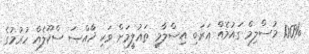
100% މުސްލިމް ގައުމެއް އަރަބި އިސްލާމީ ތަޢުލީމަށް ވަކި ޚާއްޞަ ސްކޫލެއް ހުރުމުގެ